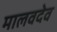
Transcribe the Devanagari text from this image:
मालवदेव